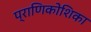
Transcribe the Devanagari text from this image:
प्राणिकोशिका